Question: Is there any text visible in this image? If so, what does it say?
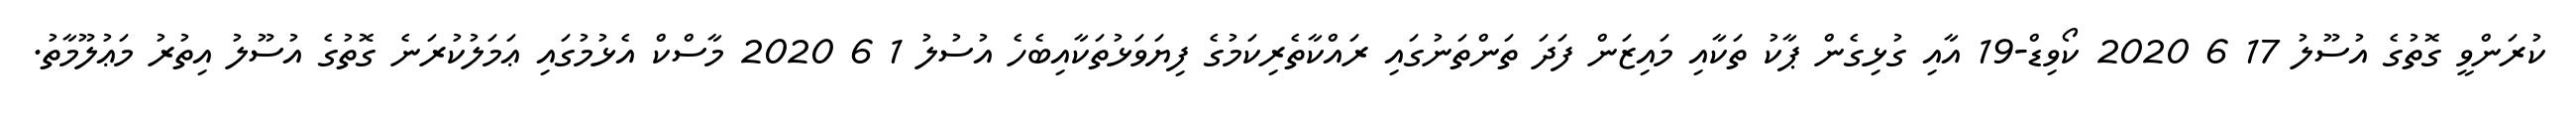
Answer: ކުރަންވީ ގޮތުގެ އުސޫލު 17 6 2020 ކޯވިޑް-19 އާއި ގުޅިގެން ޕާކު ތަކާއި މައިޒަން ފަދަ ތަންތަނުގައި ރައްކާތެރިކަމުގެ ފިޔަވަޅުތަކާއިބެހެ އުސުލު 1 6 2020 މާސްކް އެޅުމުގައި ޢަމަލުކުރަނެ ގޮތުގެ އުސޫލު އިތުރު މަޢުލޫމާތު.